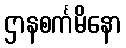
ဌာနစင်္ကမိနော